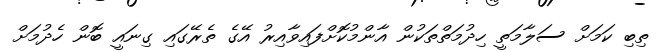
ތިބި ކަމަށް ސަލާމަތީ ހިދުމަތްތަކުން އާންމުކޮށްފައިވާއިރު އޭގެ ތެރޭގައި ގިނައީ ބޮން ހެދުމަށް